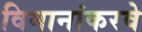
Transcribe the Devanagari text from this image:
विमानांकरवे